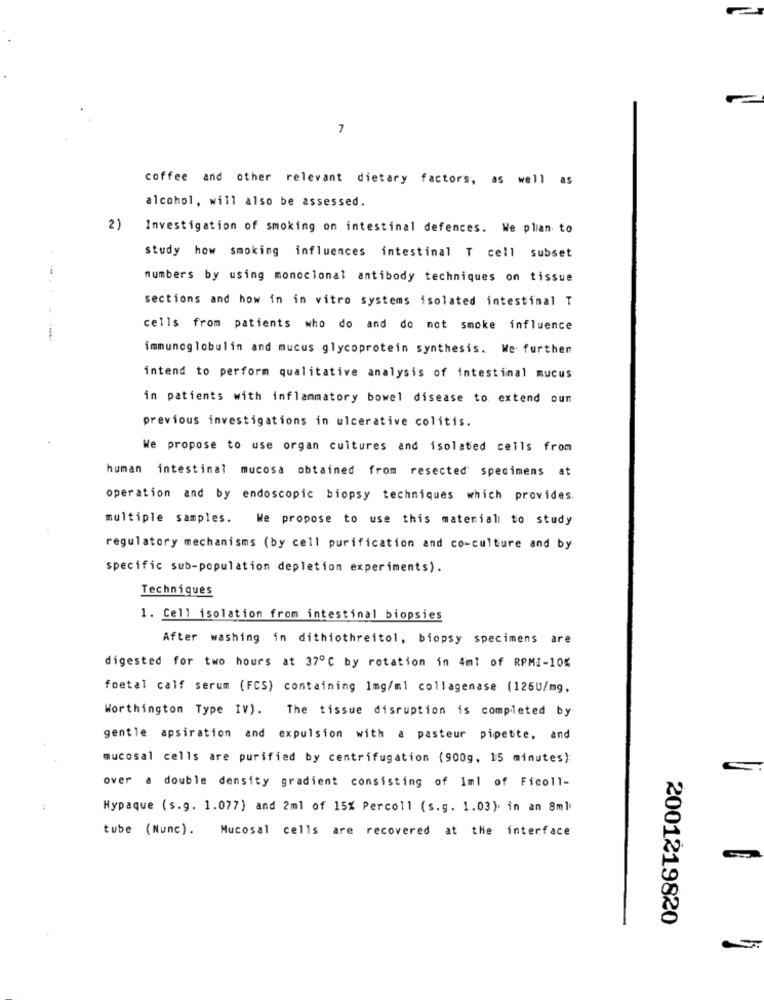
7
coffee and other relevant dietary factors, as well as
alcohol, will also be assessed.
2)
Investigation of smoking on intestinal defences. We plan to
study how smoking influences intestinal T cell subset
numbers by using monoclonal antibody techniques on tissue
sections and how in in vitro systems isolated intestinal T
cells from patients who do and do not smoke influence
immunoglobulin and mucus glycoprotein synthesis. We further
intend to perform qualitative analysis of intestinal mucus
in patients with inflammatory bowel disease to extend oun
previous investigations in ulcerative colitis.
We propose to use organ cultures and isolated cells from
human intestinal
mucosa obtained from resected specimens at
operation and by endoscopic biopsy techniques which provides.
multiple samples. We propose to use this material to study
regulatory mechanisms (by cell purification and co-culture and by
specific sub-population depletion experiments).
Techniques
1. Cell isolation from intestinal biopsies
After washing in dithiothreitol, biopsy specimens are
digested for two hours at 37℃ by rotation in 4ml of RPMI-10%
foetal calf serum (FCS) containing 1mg/ml collagenase (126U/mg,
Worthington Type IV). The tissue disruption is completed by
gentle apsiration and expulsion with a pasteur pipette, and
mucosal cells are purified by centrifugation (900g, 15 minutes)
over a double density gradient consisting of Iml of Ficoll-
Hypaque (s.g. 1.077) and 2ml of 15% Percoll (s.g. 1.03). in an 8ml
tube (Nunc).
Mucosal cells are recovered at the interface
2001219820